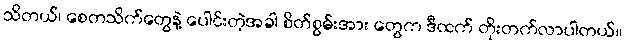
သိတယ်၊ စေတသိက်တွေနဲ့ ပေါင်းတဲ့အခါ စိတ်စွမ်းအား တွေက ဒီထက် တိုးတက်လာပါတယ်။